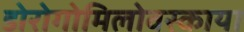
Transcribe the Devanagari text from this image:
डोरोगोमिलोवस्काया